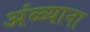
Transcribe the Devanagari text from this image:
अंळ्याना